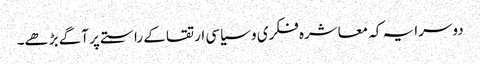
دوسرا یہ کہ معاشرہ فکری و سیاسی ارتقا کے راستے پر آگے بڑھے۔